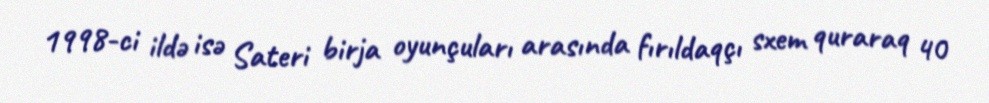
1998-ci ildə isə Sateri birja oyunçuları arasında fırıldaqçı sxem quraraq 40